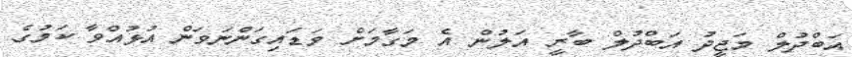
އަބްދުލް މަޖީދު އަބްދުލް ބާރީ އަލުން އެ މަގާމަށް ވަޑައިގަންނަވަން އުޅުއްވާ ކަމުގެ